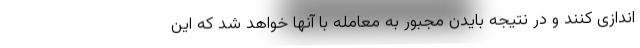
اندازی کنند و در نتیجه بایدن مجبور به معامله با آنها خواهد شد که این